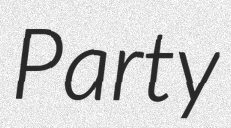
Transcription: Party